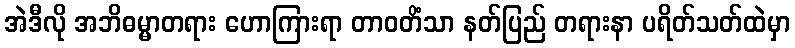
အဲဒီလို အဘိဓမ္မာတရား ဟောကြားရာ တာဝတိံသာ နတ်ပြည် တရားနာ ပရိတ်သတ်ထဲမှာ